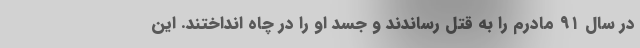
در سال ۹۱ مادرم را به قتل رساندند و جسد او را در چاه انداختند. این